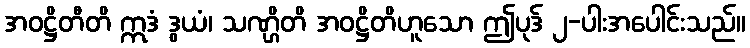
အဝဋ္ဌိတီတိ ဣဒံ ဒွယံ၊ သဏ္ဌိတိ အဝဋ္ဌိတိဟူသော ဤပုဒ် ၂-ပါးအပေါင်းသည်။